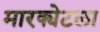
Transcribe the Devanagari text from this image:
मारक्येटला